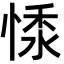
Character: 𢝥